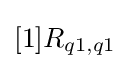
[1]R_{q1,q1}